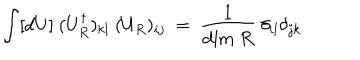
\int [ d U ] ~ ( U _ { R } ^ { \dagger } ) _ { k l } ~ ( U _ { R } ) _ { i j } ~ = ~ \frac { 1 } { \mathrm { d i m } ~ R } ~ \delta _ { i l } \delta _ { j k }